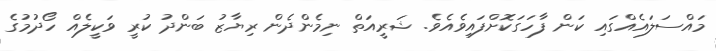
މައްސަލައެއްގައި ކަން ފާހަގަކޮށްފައިވެއެވެ. ޝަރީއަތް ނިމެންދެން ރިޔާޒު ބަންދު ކުރީ ވަކީލެއް ހޯދުމުގެ